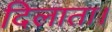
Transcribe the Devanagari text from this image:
दिलाता।